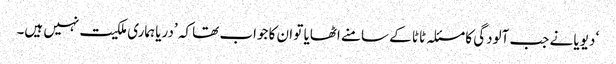
‘ دیویا نے جب آلودگی کا مسئلہ ٹاٹا کے سامنے اٹھایا تو ان کا جواب تھا کہ ’دریا ہماری ملکیت نہیں ہیں۔